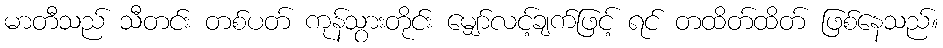
မာတီသည် သီတင်း တစ်ပတ် ကုန်သွားတိုင်း မျှော်လင့်ချက်ဖြင့် ရင် တထိတ်ထိတ် ဖြစ်နေသည်။